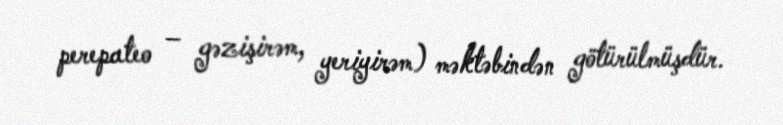
perepateo – gəzişirəm, yeriyirəm) məktəbindən götürülmüşdür.